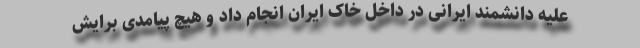
علیه دانشمند ایرانی در داخل خاک ایران انجام داد و هیچ پیامدی برایش